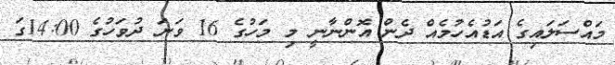
މައްސަލައިގެ އަޑުއެހުމެއް ދެން އޮންނާނީ މި މަހުގެ 16 ވަނަ ދުވަހުގެ 14:00ގަ